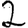
Digit: 2